Medical and sanitary report of the native army of Bengal for the year
Year: 1877
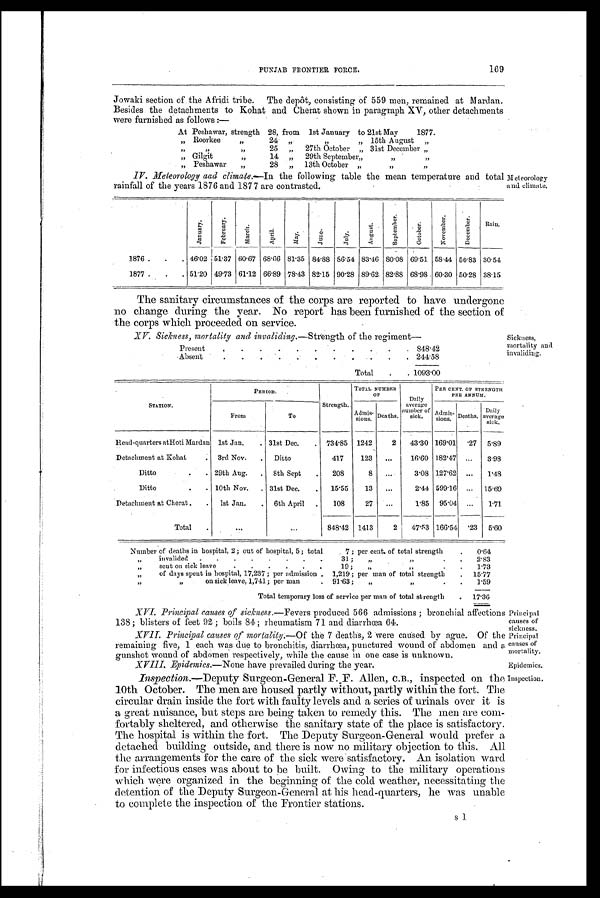
PUNJAB FRONTIER FORCE.
169
Jowaki section of the Afridi tribe. The depot, consisting of 559 men, remained at Mardan.
Besides the detachments to Kohat and Cherat shown in paragraph XV, other detachments
were furnished as follows :—
At Peshawar, strength 28, from
1st January to 21st May
1877.
„
Roorkee
„
24
„
, ,
„
15th August
„
„ „ „
25
„
27th October
„ 31st December „
„ Gilgit
,,
14
„
29th September„ „ „ „
Peshawar
„
28.
„
13th October
„
„ „
IV. Meteorology aad climate.—In
the following table the mean temperature and total
rainfall of the years 1876 and 187 7 are contrasted.
Meteorology
and climate.
J a n u a r y .
F e b r u a r y .
March.
A p r i l .
M a y .
J u n e .
J u l y .
A u g u s t .
S e p t e m b e r .
October.
N o v e m b e r .
D e c e m b e r .
Rain.
1876 .
.
. 46.02 51.37 60.67
68.66 81.35 84.88 86.54 83.46 80.08 69.51
5 8 . 4 4 50.83 30.54
1877 .
.
. 51.20 49.73 61.12 66.89 78.43 82.15 90.28 89.62. 82.88 68.98
6 0 . 3 0 50.28 38.15
The sanitary circumstances of the corps are reported to have undergone
no change during the year. No report has been furnished of the section of
the corps which proceeded on service.
XV. Sickness. mortality and invaliding.—Strength of the regiment—
Present
.
.
.
.
.
. . . . .
848.42
A b s e n t
.
.
. ... . . . .
.
. 244.58
Total
.
. 1093.00
Sickness,
mortality and
invaliding.
STATION.
PERIOD.
Strength.
TOTAL NUMBER
OF
Daily
average
number of
sick.
PER CENT. OF STRENGTH
PER ANNUM.
From
To
Admis-
sions.
Deaths.
Admis-
sions.
Deaths.
Daily.
average
sick.
Head-quarters at Hoti Mardan
1st Jan.
. 31st Dec.
.
734.85
1242
2
43.30 169.01
.27
5.89
Detachment at Kohat
.
3rd Nov.
.
Ditto
41.7
123
...
16.60 182.47
...
3.98
Ditto
.
. 29th Aug.
.
8th Sept
.
208
8
...
3.08 127.62
...
1.48
Ditto
.
. 10th Nov.
. 31st Dec.
.
15.55
13
...
2.44 599.16
...
15.69
Detachment at Cherat .
.
1st Jan.
.
6th April
.
108
27
...
1.85
95.04
...
1.71
Total
.
...
848.42
1413
2
.
47.53 166.54
.23
5.60
Number of deaths in hospital, 2; out of hospital, 5; total
7; per cent. of total strength
.
0.64
„
invalided
.
.
.
.
.
.
.
.
31 ;
„
„
.
.
2.83
„
sent on sick leave
.
.
.
.
.
.
19;
„
,,
.
.
1.73
,,
of days spent in hospital, 17,237 ; per admission .
1,219 ; per man of total strength
.
15.77
„
„
on sick leave, 1,741; per man
.
91.63;
„
„
.
.
1.59
Total temporary loss of service per man of total strength
.
17.36
Principal
causes of
sickness.
Principal
causes of
mortality.
Epidemics.
Inspection.
XVI. Principal causes of sickness.- Fevers produced 566 admissions ; bronchial affections
138; blisters of feet 92 ; boils 84 ; rheumatism 71 and diarrhœa 64.
XVII
. Principal causes of mortality.- Of the 7 deaths, 2 were caused by ague. Of the
remaining five, 1 each was due to bronchitis, diarrhœa, punctured wound of abdomen and a
gunshot wound of abdomen respectively, while the cause in one case is unknown.
XVIII. Epidemics.— None have prevailed during the year.
Inspection.—Deputy
Surgeon-General F.F. Allen, C.B., inspected on the
10th October. The men are housed partly without, partly within the fort. The
circular drain inside the fort with faulty levels and a series of urinals over it is
a great nuisance, but steps are being taken to remedy this. The men are com-
fortably sheltered, and otherwise the sanitary state of the place is satisfactory.
The hospital is within the fort. The Deputy Surgeon-General would prefer a
detached building outside, and there is now no military objection to this. All
the arrangements for the care of the sick were satisfactory. An isolation ward
for infectious cases was about to be built. Owing to the military operations
which were organized in the beginning of the cold weather, necessitating the
detention of the Deputy Surgeon-General at his head-quarters, he was unable
to complete the inspection of the Frontier stations.
Sl